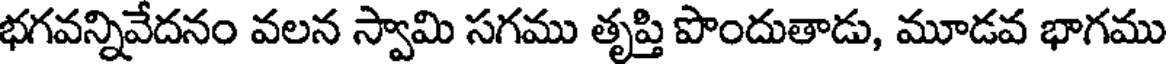
భగవన్నివేదనం వలన స్వామి సగము తృప్తి పొందుతాడు, మూడవ భాగము